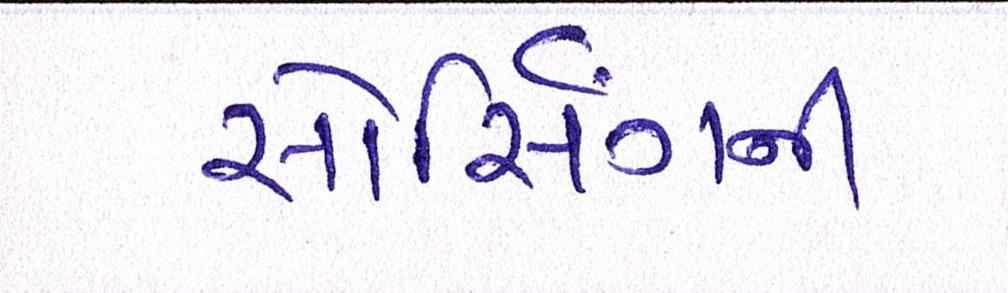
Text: સોર્સિંગની